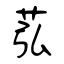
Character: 苰